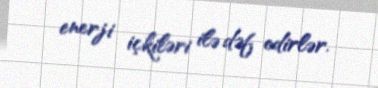
enerji içkiləri ilə dəf edirlər.